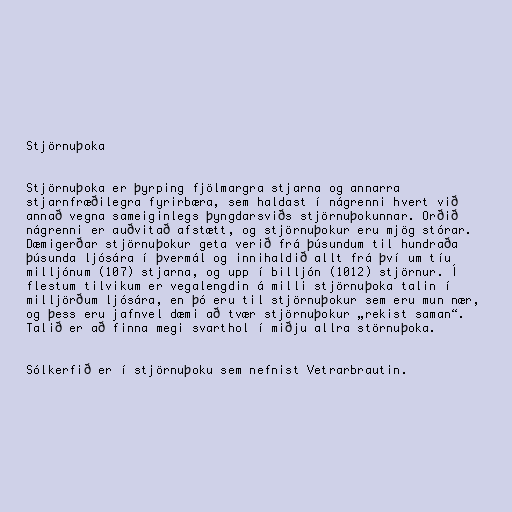
Stjörnuþoka

Stjörnuþoka er þyrping fjölmargra stjarna og annarra
stjarnfræðilegra fyrirbæra, sem haldast í nágrenni hvert við
annað vegna sameiginlegs þyngdarsviðs stjörnuþokunnar. Orðið
nágrenni er auðvitað afstætt, og stjörnuþokur eru mjög stórar.
Dæmigerðar stjörnuþokur geta verið frá þúsundum til hundraða
þúsunda ljósára í þvermál og innihaldið allt frá því um tíu
milljónum (107) stjarna, og upp í billjón (1012) stjörnur. Í
flestum tilvikum er vegalengdin á milli stjörnuþoka talin í
milljörðum ljósára, en þó eru til stjörnuþokur sem eru mun nær,
og þess eru jafnvel dæmi að tvær stjörnuþokur „rekist saman“.
Talið er að finna megi svarthol í miðju allra störnuþoka.

Sólkerfið er í stjörnuþoku sem nefnist Vetrarbrautin.